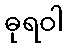
ဓုရဝါ